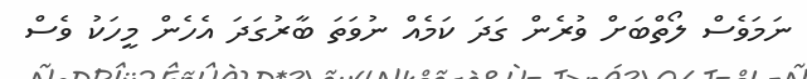
ނަމަވެސް ލޯތްބަށް ވުރެން ގަދަ ކަމެއް ނުވަތަ ބާރުގަދަ އެހެން މީހަކު ވެސް